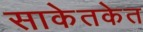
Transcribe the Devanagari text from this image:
साकेतकेत